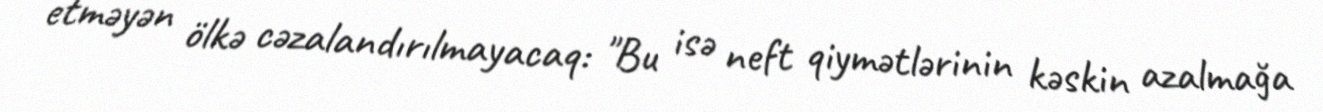
etməyən ölkə cəzalandırılmayacaq: "Bu isə neft qiymətlərinin kəskin azalmağa